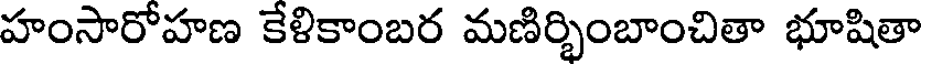
హంసారోహణ కేళికాంబర మణిర్భింబాంచితా భూషితా